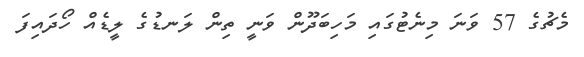
މެޗުގެ 57 ވަނަ މިނެޓުގައި މަހިބަދޫން ވަނީ ތިން ލަނޑުގެ ލީޑެއް ހޯދައިފަ